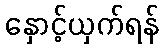
နှောင့်ယှက်ရန်